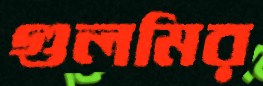
গুলমির